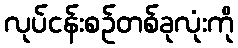
လုပ်ငန်းစဉ်တစ်ခုလုံးကို